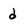
Character: d